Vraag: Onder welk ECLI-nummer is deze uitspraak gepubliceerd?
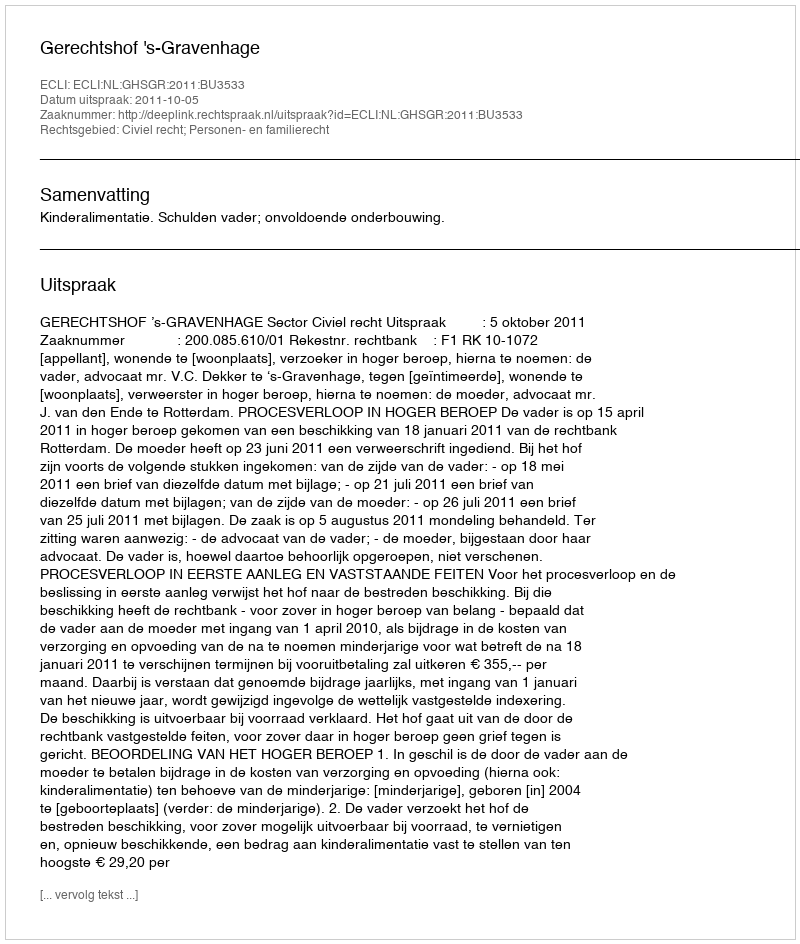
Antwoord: ECLI:NL:GHSGR:2011:BU3533